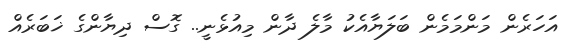
އަހަރެން މަންމަމެން ބަލަޔާއެކު މާލެ ދާން މިއުޅެނީ.. ގޮސް ދިޔާންގެ ޚަބަރެއް